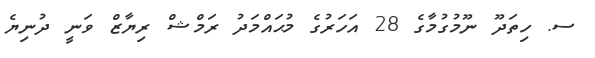
ސ. ހިތަދޫ ނޫމުގުމާގެ 28 އަހަރުގެ މުޙައްމަދު ރަމްޝް ރިޔާޒް ވަނީ ދުނިޔެ